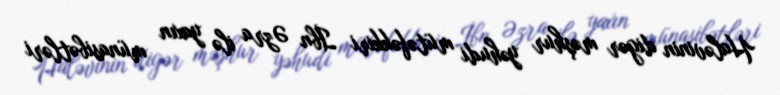
Haləvinin digər məşhur yəhudi mütəfəkkiri İbn Əzra ilə yaxın münasibətləri